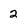
Character: 2